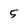
Character: 5